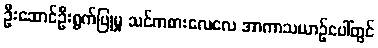
ဦးဆောင်ဦးရွက်ပြုမှု သင်ကစားလေလေ အာကာသယာဉ်ပေါ်တွင်